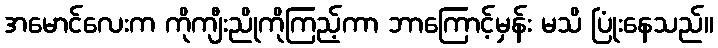
အမောင်လေးက ကိုကျီးညိုကိုကြည့်ကာ ဘာကြောင့်မှန်း မသိ ပြုံးနေသည်။